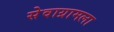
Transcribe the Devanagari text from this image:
सेवाग्रामला